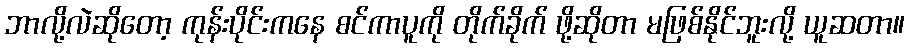
ဘာလို့လဲဆိုတော့ ကုန်းပိုင်းကနေ စင်ကာပူကို တိုက်ခိုက် ဖို့ဆိုတာ မဖြစ်နိုင်ဘူးလို့ ယူဆတာ။